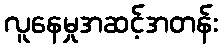
လူနေမှုအဆင့်အတန်း